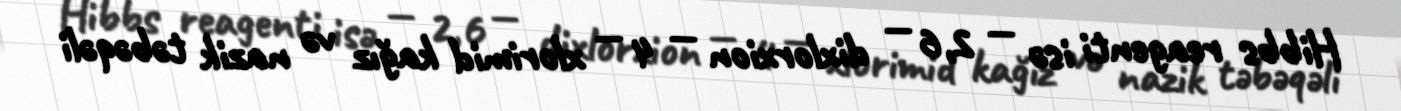
Hibbs reagenti isə — 2,6 — dixlorxion — 4 — xlorimid kağız və nazik təbəqəli